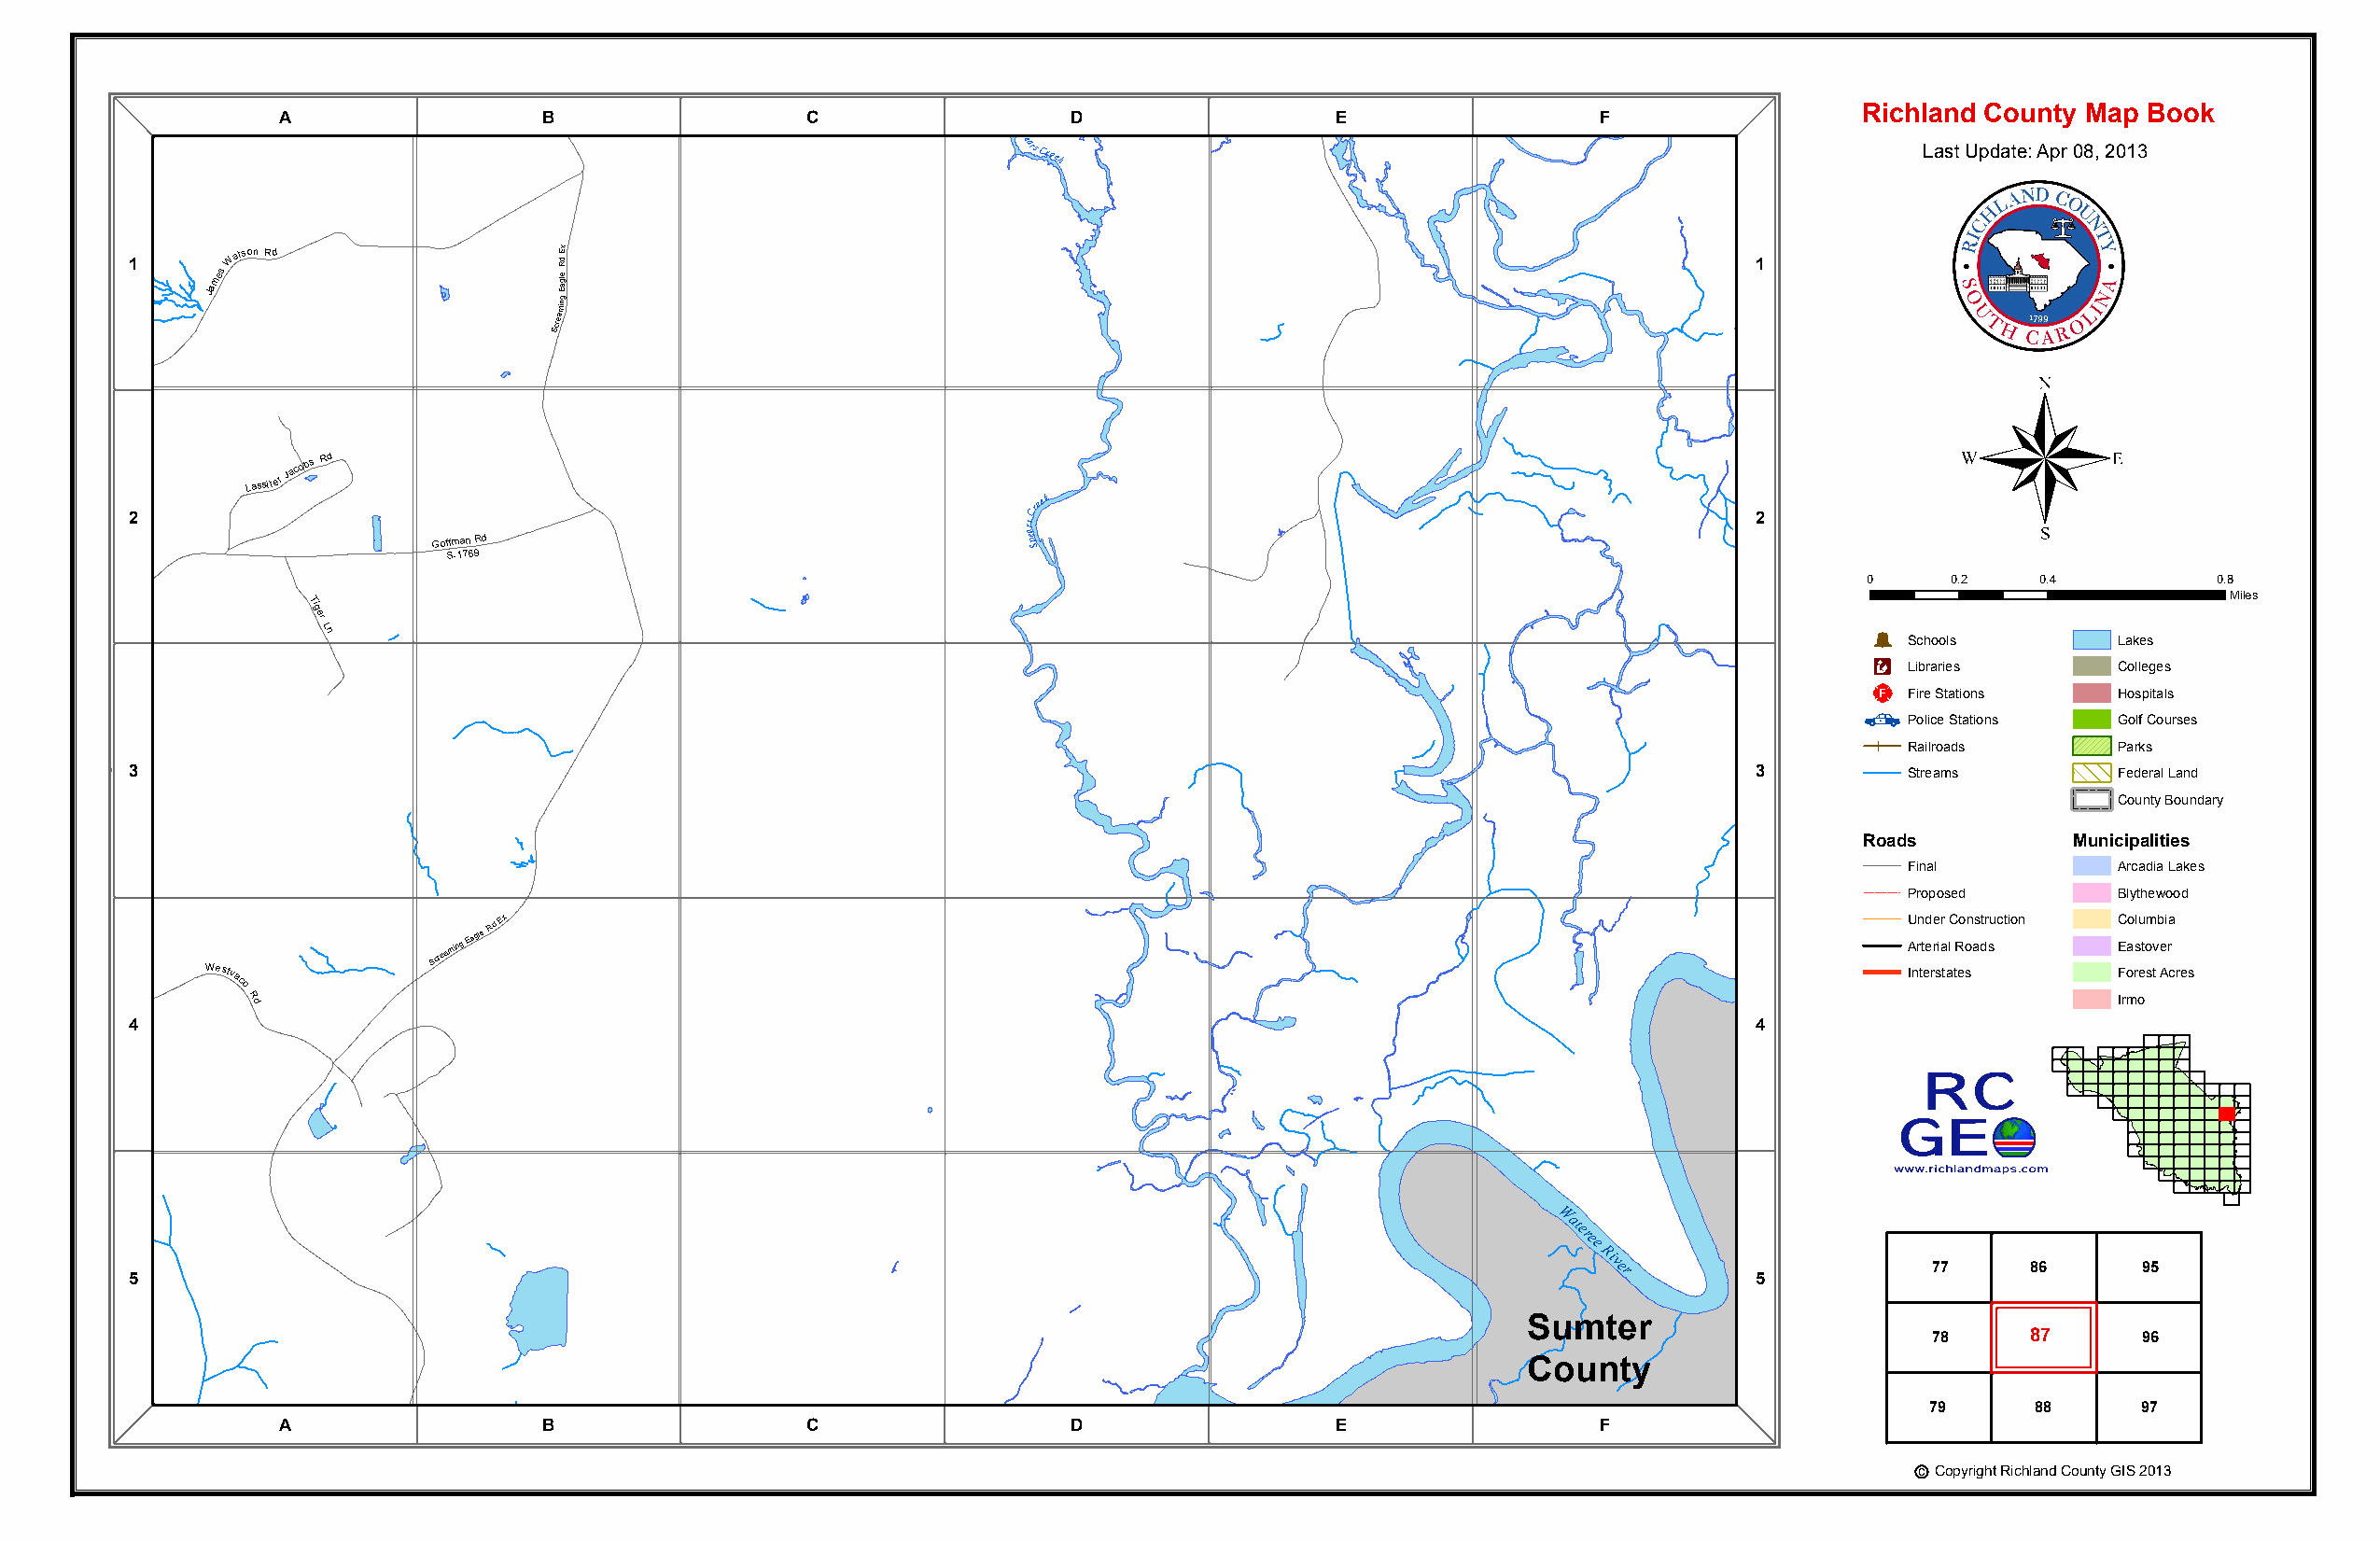
eamrcS
 ing
 agle
 Rd
 Ex
 Richland County Map Book
 A                 B                  C                  D                  E                 F
 Spears
 Creek                                                         Last Update: Apr 08, 2013
 1
 Jame
 sWatson Rd
 miEgel
 a
 ngRd
 Ex
 1
 Screa
 James
 Watson
 Rd                                                                                                                                ®
 S -1687
 O ld
 M
 cG raw
 R d Go Sffm -1a 7n
 6 9
 2
 Rd
 Lassite
 rJacob s Rd
 Gof Sfm -1a 7n 69Rd
 ras epC
 Sreek
 2
 G
 B
 ro
 Sra
 o -
 1mnc
 7
 h 1R 0d
 Tiger
 Ln
 0
 Þ
 0.2    0.4         0.8
 Miles
 Schools        Lakes
 Rd                                                                                                                           Æc
 m                                                                                                                              Libraries      Colleges
 Branch
 Groo S-1710                                                                                                                 _¨
 F Pi ore
 lic
 S et a St ti ao tn ios
 ns
 H Go os lfp Cita ol us
 rses
 Railroads      Parks
 3                                                                                                                   3         Streams        Federal Land
 County Boundary
 Roads          Municipalities
 Final          Arcadia Lakes
 Proposed       Blythewood
 Screaming
 Eagle
 Rd Ex                                                                                               AU rn td ee rir
 a
 lC Ro on as dtr suction C Eao slu tom vb ei ra
 Westvaco
 R
 d
 Interstates    F Irmor oest Acres
 4                                                                                                                   4
 Wateree
 River
 77     86      95
 5                                                                                                                   5
 Sumter
 78     87      96
 County
 79     88      97
 A                 B                  C                  D                  E                 F
 c Copyright Richland County GIS 2013
 E